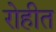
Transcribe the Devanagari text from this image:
रोहीत